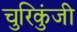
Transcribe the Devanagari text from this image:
चुरिकुंजी